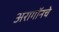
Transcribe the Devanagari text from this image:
अरागॉनचे